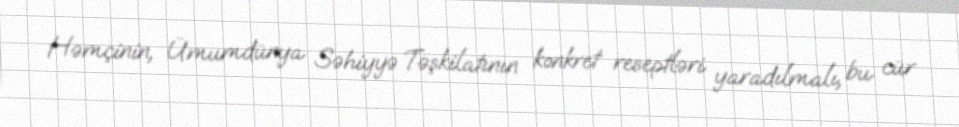
Həmçinin, Ümumdünya Səhiyyə Təşkilatının konkret reseptləri yaradılmalı, bu cür